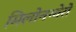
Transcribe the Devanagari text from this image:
मिलोनग्वेरो